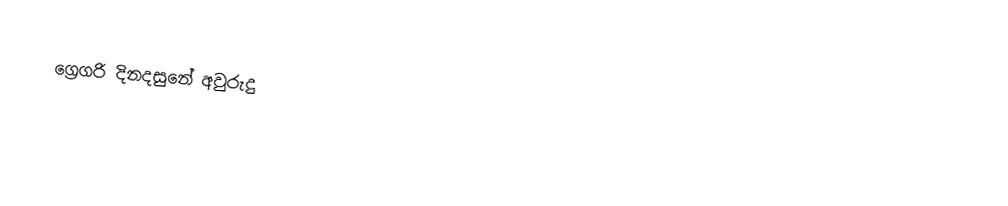
ග්‍රෙගරි දිනදසුනේ අවුරුදු